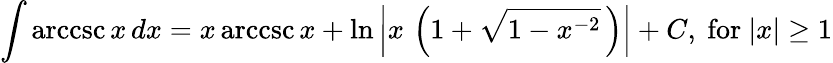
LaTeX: \int\operatorname{arccsc}{x}\, dx=x\operatorname{arccsc}{x}+\ln\left\vert x\, \left(1+{\sqrt{1-x^{-2}}}\, \right)\right\vert+C,{\mathrm{~for~}}\vert x\vert\geq 1